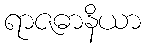
ရာဇဓာနိယာ